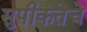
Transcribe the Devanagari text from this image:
सुपीकतेचे